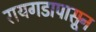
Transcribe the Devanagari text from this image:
रायगडापासून